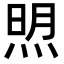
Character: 𬊚